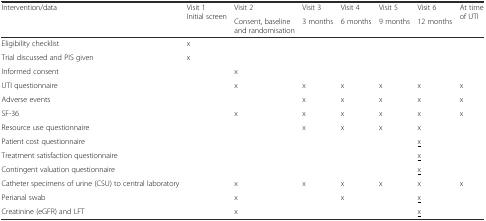
<table><thead><tr><td rowspan="2"><b>Intervention/data</b></td><td rowspan="2"><b>Visit 1 Initial screen</b></td><td><b>Visit 2</b></td><td><b>Visit 3</b></td><td><b>Visit 4</b></td><td><b>Visit 5</b></td><td><b>Visit 6</b></td><td rowspan="2"><b>At time of UTI</b></td></tr><tr><td><b>Consent, baseline and randomisation</b></td><td><b>3 months</b></td><td><b>6 months</b></td><td><b>9 months</b></td><td><b>12 months</b></td></tr></thead><tbody><tr><td>Eligibility checklist</td><td>x</td><td></td><td></td><td></td><td></td><td></td><td></td></tr><tr><td>Trial discussed and PIS given</td><td>x</td><td></td><td></td><td></td><td></td><td></td><td></td></tr><tr><td>Informed consent</td><td></td><td>x</td><td></td><td></td><td></td><td></td><td></td></tr><tr><td>UTI questionnaire</td><td></td><td>x</td><td>x</td><td>x</td><td>x</td><td>x</td><td>x</td></tr><tr><td>Adverse events</td><td></td><td></td><td>x</td><td>x</td><td>x</td><td>x</td><td>x</td></tr><tr><td>SF-36</td><td></td><td>x</td><td>x</td><td>x</td><td>x</td><td>x</td><td>x</td></tr><tr><td>Resource use questionnaire</td><td></td><td></td><td>x</td><td>x</td><td>x</td><td>x</td><td></td></tr><tr><td>Patient cost questionnaire</td><td></td><td></td><td></td><td></td><td></td><td><underline>x</underline></td><td></td></tr><tr><td>Treatment satisfaction questionnaire</td><td></td><td></td><td></td><td></td><td></td><td><underline>x</underline></td><td></td></tr><tr><td>Contingent valuation questionnaire</td><td></td><td></td><td></td><td></td><td></td><td><underline>x</underline></td><td></td></tr><tr><td>Catheter specimens of urine (CSU) to central laboratory</td><td></td><td>x</td><td>x</td><td>x</td><td>x</td><td>x</td><td>x</td></tr><tr><td>Perianal swab</td><td></td><td>x</td><td></td><td>x</td><td></td><td><underline>x</underline></td><td></td></tr><tr><td>Creatinine (eGFR) and LFT</td><td></td><td>x</td><td></td><td></td><td></td><td><underline>x</underline></td><td></td></tr></tbody></table>